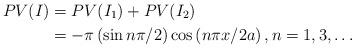
LaTeX: \begin{align*}PV(I) & =PV(I_{1})+PV(I_{2})\\& =-\pi\left( \sin n\pi/2\right) \cos\left( n\pi x/2a\right) ,\text{}n=1,3,\ldots\end{align*}